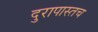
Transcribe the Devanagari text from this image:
दुरापास्तच